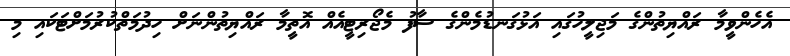
އެހެންވީމާ ރައްޔިތުންގެ މަޖިލީހުގައި އަޅުގަނޑުމެންގެ ސާފު މެޖޯރިޓީއެއް އޮތީމާ ރައްޔިތުންނަށް ހިދުމަތްކުރުމަށްޓަކައި މި